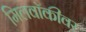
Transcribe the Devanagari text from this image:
मिलवॉकीवर